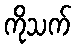
ကိုသက်